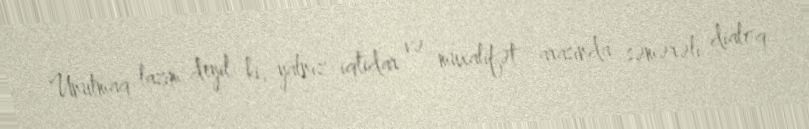
Unutmaq lazım deyil ki, yalnız iqtidar və müxalifət arasında səmərəli dialoq